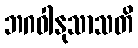
ဘဂဝါနုသာသတိ